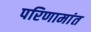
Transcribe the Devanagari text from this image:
परिणामांत